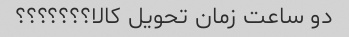
دو ساعت زمان تحویل کالا؟؟؟؟؟؟؟